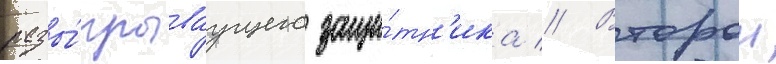
разы́грываущего защи́тн'ика // Второи